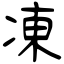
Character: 凍